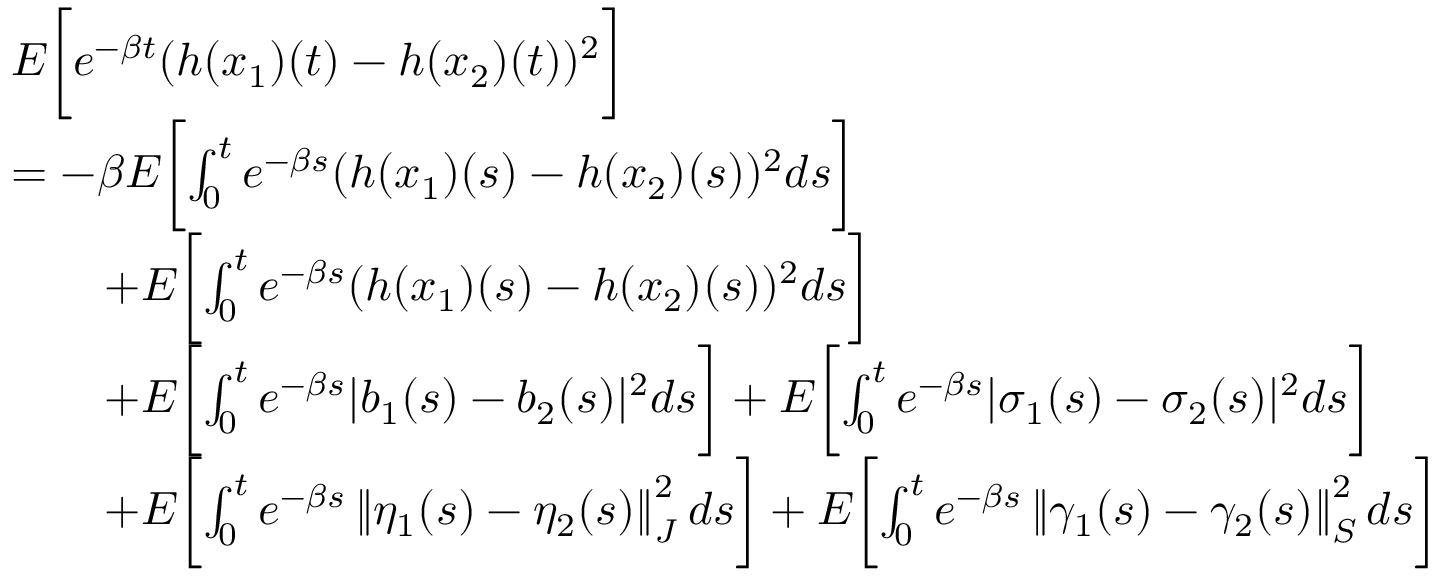
\begin{array} { r l } & { E \biggl [ e ^ { - \beta t } ( h ( x _ { 1 } ) ( t ) - h ( x _ { 2 } ) ( t ) ) ^ { 2 } \biggr ] } \\ & { = - \beta E \biggl [ \int _ { 0 } ^ { t } e ^ { - \beta s } ( h ( x _ { 1 } ) ( s ) - h ( x _ { 2 } ) ( s ) ) ^ { 2 } d s \biggr ] } \\ & { \qquad + E \biggl [ \int _ { 0 } ^ { t } e ^ { - \beta s } ( h ( x _ { 1 } ) ( s ) - h ( x _ { 2 } ) ( s ) ) ^ { 2 } d s \biggr ] } \\ & { \qquad + E \biggl [ \int _ { 0 } ^ { t } e ^ { - \beta s } | b _ { 1 } ( s ) - b _ { 2 } ( s ) | ^ { 2 } d s \biggr ] + E \biggl [ \int _ { 0 } ^ { t } e ^ { - \beta s } | \sigma _ { 1 } ( s ) - \sigma _ { 2 } ( s ) | ^ { 2 } d s \biggr ] } \\ & { \qquad + E \biggl [ \int _ { 0 } ^ { t } e ^ { - \beta s } \left\| \eta _ { 1 } ( s ) - \eta _ { 2 } ( s ) \right\| _ { J } ^ { 2 } d s \biggr ] + E \biggl [ \int _ { 0 } ^ { t } e ^ { - \beta s } \left\| \gamma _ { 1 } ( s ) - \gamma _ { 2 } ( s ) \right\| _ { S } ^ { 2 } d s \biggr ] } \end{array}